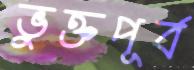
ভুক্তপূর্ব